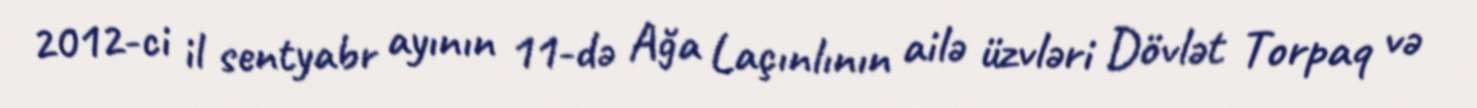
2012-ci il sentyabr ayının 11-də Ağa Laçınlının ailə üzvləri Dövlət Torpaq və